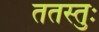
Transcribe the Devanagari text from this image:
ततस्तुः